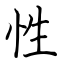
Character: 性